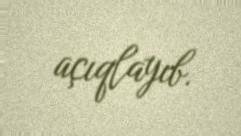
açıqlayıb.